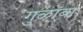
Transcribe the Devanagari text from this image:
गुळांबा